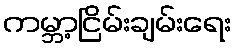
ကမ္ဘာ့ငြိမ်းချမ်းရေး